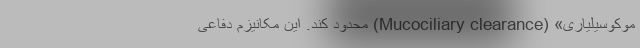
موکوسیلیاری» (Mucociliary clearance) محدود کند. این مکانیزم دفاعی